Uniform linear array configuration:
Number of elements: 24
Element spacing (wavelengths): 1
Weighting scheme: blackman
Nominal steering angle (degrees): -15
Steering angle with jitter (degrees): -15.099
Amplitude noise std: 0.05
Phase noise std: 0.05

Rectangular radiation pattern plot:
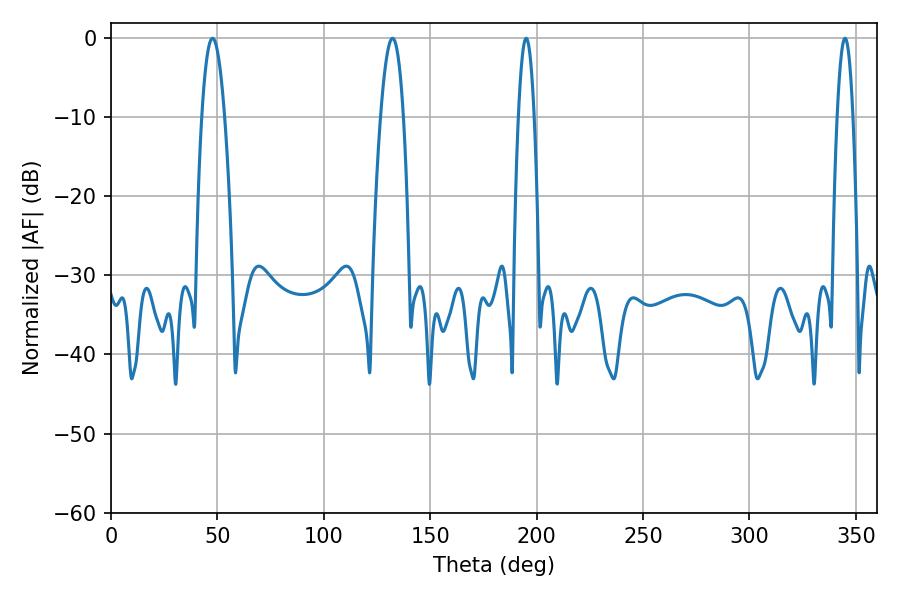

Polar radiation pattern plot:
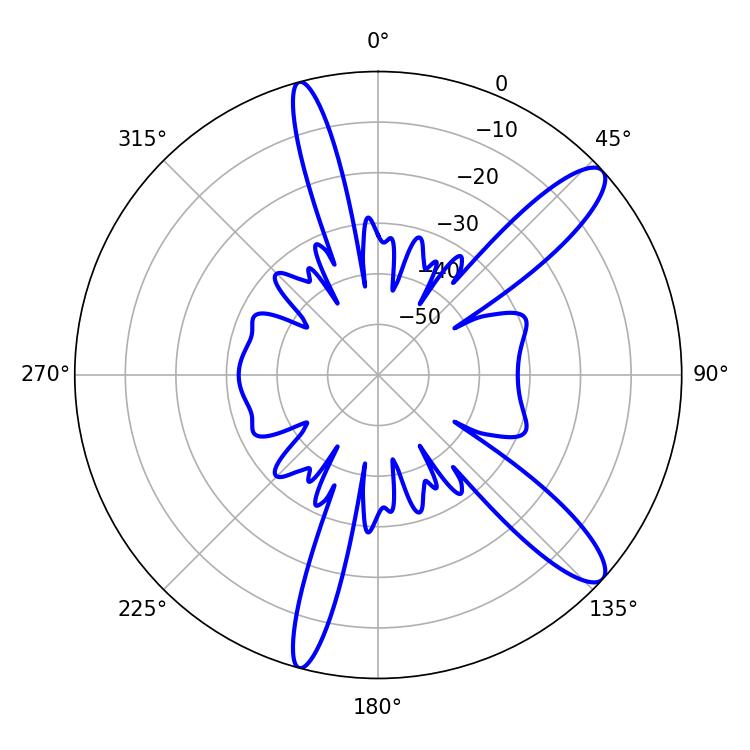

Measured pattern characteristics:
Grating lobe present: TRUE
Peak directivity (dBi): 12.047
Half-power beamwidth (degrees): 5.94
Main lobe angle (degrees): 47.7